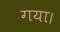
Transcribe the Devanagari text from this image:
गया।